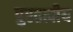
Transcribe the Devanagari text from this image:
पुरतत्वीय